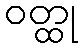
ဝတ္ထု